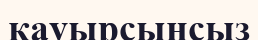
қауырсынсыз